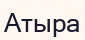
Атыра